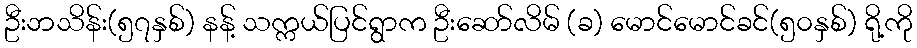
ဦးဘသိန်း(၅၇နှစ်) နန့် သက္ကယ်ပြင်ရွာက ဦးဆော်လိမ် (ခ) မောင်မောင်ခင်(၅၀နှစ်) ရို့ကို